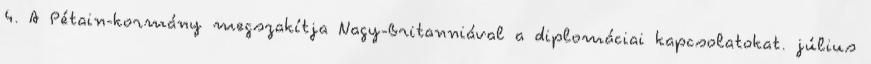
4. A Pétain-kormány megszakítja Nagy-Britanniával a diplomáciai kapcsolatokat. július